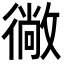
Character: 𭜂